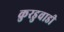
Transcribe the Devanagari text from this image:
कुरडुवाडी